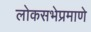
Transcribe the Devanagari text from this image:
लोकसभेप्रमाणे